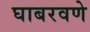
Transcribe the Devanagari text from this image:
घाबरवणे